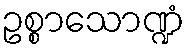
ဥစ္စာသောဏ္ဍံ